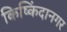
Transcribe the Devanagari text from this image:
किष्किंदानगर